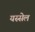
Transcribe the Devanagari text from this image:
यस्सेल